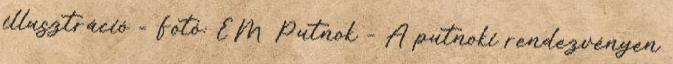
illusztráció - Fotó: ÉM Putnok – A putnoki rendezvényen